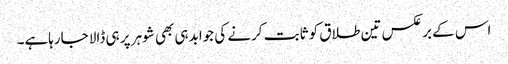
اس کے برعکس تین طلاق کو ثابت کرنے کی جوابدہی بھی شوہر پر ہی ڈالا جارہاہے۔